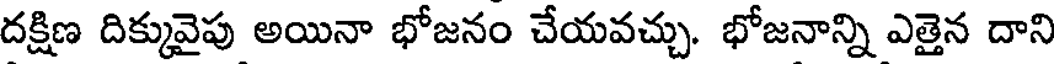
దక్షిణ దిక్కువైపు అయినా భోజనం చేయవచ్చు. భోజనాన్ని ఎత్తైన దాని